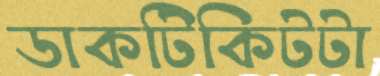
ডাকটিকিটটা